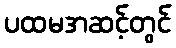
ပထမအဆင့်တွင်